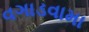
વગાડવામા